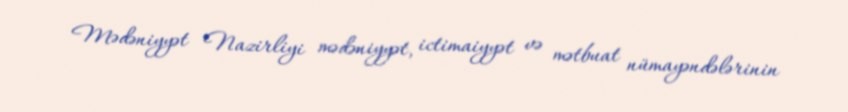
Mədəniyyət Nazirliyi mədəniyyət, ictimaiyyət və mətbuat nümayəndələrinin